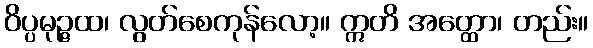
ဝိပ္ပမုဉ္ဇထ၊ လွတ်စေကုန်လော့။ ဣတိ အတ္ထော၊ တည်း။